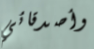
وأصدقائي